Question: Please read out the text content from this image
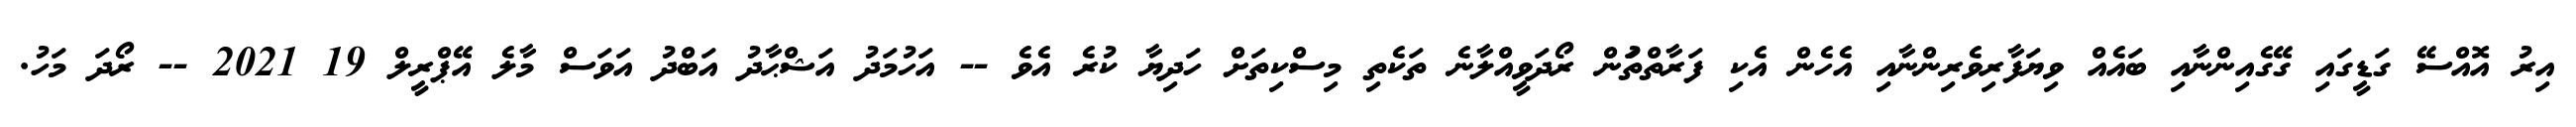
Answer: އިރު އޮއްސޭ ގަޑީގައި ގޭގެއިންނާއި ބައެއް ވިޔަފާރިވެރިންނާއި އެހެން އެކި ފަރާތްތަުން ރޯދަވީއްލާނެ ތަކެތި މިސްކިތަށް ހަދިޔާ ކުރެ އެވެ -- އަހުމަދު އަޝްޙާދު އަބްދު އަވަސް މާލެ އޭޕްރީލް 19 2021 -- ރޯދަ މަހު.